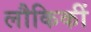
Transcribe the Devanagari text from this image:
लौकिकीं